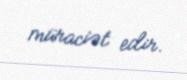
müraciət edir.